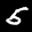
Label: 5